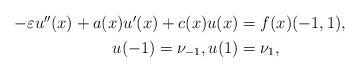
LaTeX: \begin{align*}\begin{aligned}-\varepsilon u''(x) + a(x) u'(x) + c(x) u(x) &= f(x) (-1,1), \\u(-1) = \nu_{-1}, u(1) &= \nu_1,\end{aligned}\end{align*}